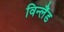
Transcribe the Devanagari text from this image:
विन्लैंड